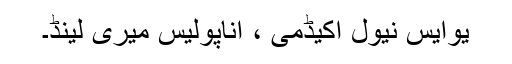
یوایس نیول اکیڈمی ، اناپولیس میری لینڈ۔